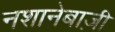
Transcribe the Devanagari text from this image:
नशानेबाज़ी